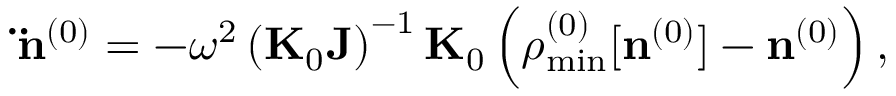
{ \bf \ddot { n } } ^ { ( 0 ) } = - \omega ^ { 2 } \left( { \bf K } _ { 0 } { \bf J } \right) ^ { - 1 } { \bf K } _ { 0 } \left( { \boldsymbol \rho } _ { \mathrm { m i n } } ^ { ( 0 ) } [ { \bf n } ^ { ( 0 ) } ] - { \bf n } ^ { ( 0 ) } \right) ,